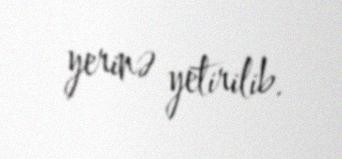
yerinə yetirilib.